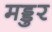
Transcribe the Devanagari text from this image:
मड्डुर